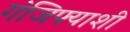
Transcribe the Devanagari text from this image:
गंजिफ्याशी